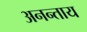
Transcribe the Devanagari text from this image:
अनन्ताय